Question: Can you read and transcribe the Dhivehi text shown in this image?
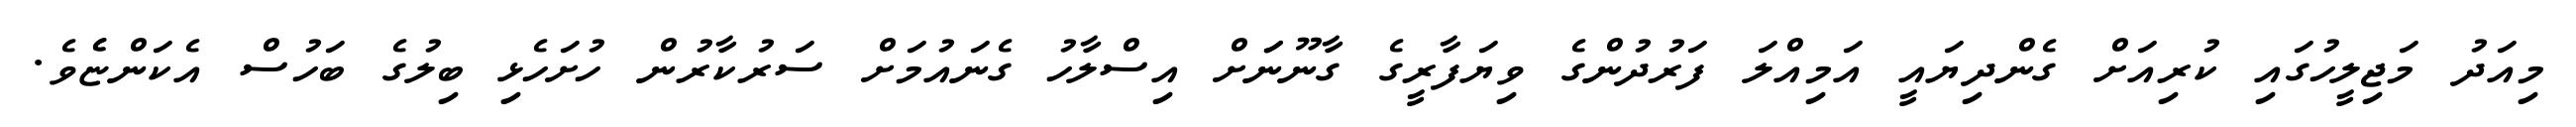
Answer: މިއަދު މަޖިލީހުގައި ކުރިއަށް ގެންދިޔައީ އަމިއްލަ ފަރުދުންގެ ވިޔަފާރީގެ ގާނޫނަަށް އިސްލާހު ގެނައުމަށް ސަރުކާރުން ހުށަހެޅި ބިލުގެ ބަހުސް އެކަންޏެެވެ.